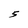
Character: 5